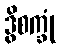
ဒွိစက္ခုံ